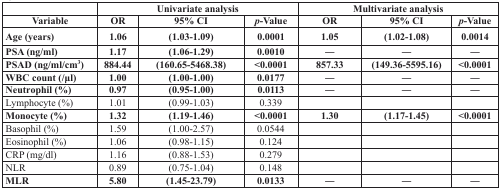
<table><thead><tr><td></td><td colspan="3"><b>Univariate analysis</b></td><td colspan="3"><b>Multivariate analysis</b></td></tr><tr><td><b>Variable</b></td><td><b>OR</b></td><td><b>95% CI</b></td><td><b><i>p</i>-Value</b></td><td><b>OR</b></td><td><b>95% CI</b></td><td><b><i>p</i>-Value</b></td></tr></thead><tbody><tr><td><b>Age (years)</b></td><td><b>1.06</b></td><td><b>(1.03-1.09)</b></td><td><b>0.0001</b></td><td><b>1.05</b></td><td><b>(1.02-1.08)</b></td><td><b>0.0014</b></td></tr><tr><td><b>PSA (ng/ml)</b></td><td><b>1.17</b></td><td><b>(1.06-1.29)</b></td><td><b>0.0010</b></td><td><b>―</b></td><td><b>―</b></td><td><b>―</b></td></tr><tr><td><b>PSAD (ng/ml/cm</b><sup>3</sup>)</td><td><b>884.44</b></td><td><b>(160.65-5468.38)</b></td><td><b>&lt;0.0001</b></td><td><b>857.33</b></td><td><b>(149.36-5595.16)</b></td><td><b>&lt;0.0001</b></td></tr><tr><td><b>WBC count (/μl)</b></td><td><b>1.00</b></td><td><b>(1.00-1.00)</b></td><td><b>0.0177</b></td><td><b>―</b></td><td><b>―</b></td><td><b>―</b></td></tr><tr><td><b>Neutrophil (%)</b></td><td><b>0.97</b></td><td><b>(0.95-1.00)</b></td><td><b>0.0113</b></td><td><b>―</b></td><td><b>―</b></td><td><b>―</b></td></tr><tr><td>Lymphocyte (%)</td><td>1.01</td><td>(0.99-1.03)</td><td>0.339</td><td></td><td></td><td></td></tr><tr><td><b>Monocyte (%)</b></td><td><b>1.32</b></td><td><b>(1.19-1.46)</b></td><td><b>&lt;0.0001</b></td><td><b>1.30</b></td><td><b>(1.17-1.45)</b></td><td><b>&lt;0.0001</b></td></tr><tr><td>Basophil (%)</td><td>1.59</td><td>(1.00-2.57)</td><td>0.0544</td><td></td><td></td><td></td></tr><tr><td>Eosinophil (%)</td><td>1.06</td><td>(0.98-1.15)</td><td>0.124</td><td></td><td></td><td></td></tr><tr><td>CRP (mg/dl)</td><td>1.16</td><td>(0.88-1.53)</td><td>0.279</td><td></td><td></td><td></td></tr><tr><td>NLR</td><td>0.89</td><td>(0.75-1.04)</td><td>0.148</td><td></td><td></td><td></td></tr><tr><td><b>MLR</b></td><td><b>5.80</b></td><td><b>(1.45-23.79)</b></td><td><b>0.0133</b></td><td><b>―</b></td><td><b>―</b></td><td><b>―</b></td></tr></tbody></table>